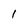
Character: 1